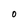
Character: O